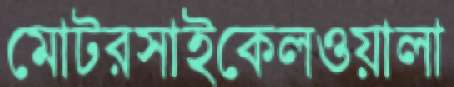
মোটরসাইকেলওয়ালা